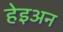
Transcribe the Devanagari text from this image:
हेइअन